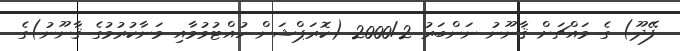
ފޭދޫ) ގެ މައްޗަށް ޤާނޫނު ނަންބަރު 2000/2 (ކޮރަޕްޝަން ހުއްޓުވުމާއި މަނާކުރުމުގެ ޤާނޫނު)ގެ